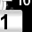
Digit: 1